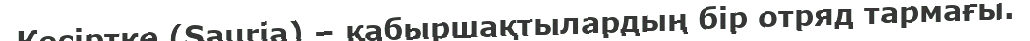
Кесіртке (Saurіa) – қабыршақтылардың бір отряд тармағы.